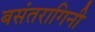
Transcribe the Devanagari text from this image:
बसंतरागिनी